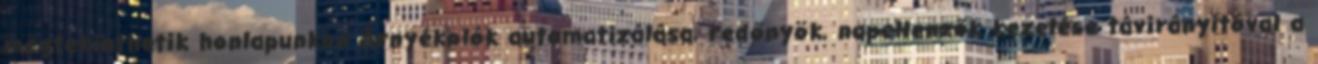
megtekinthetik honlapunkon Árnyékolók automatizálása, redőnyök, napellenzők kezelése távirányítóval a